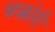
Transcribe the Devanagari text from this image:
चकोरी